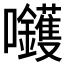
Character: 𡆇